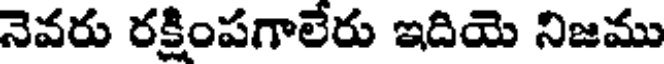
నెవరు రక్షింపగాలేరు ఇదియె నిజము